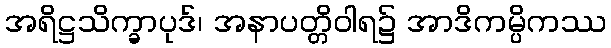
အရိဋ္ဌသိက္ခာပုဒ်၊ အနာပတ္တိဝါရ၌ အာဒိကမ္ပိကဿ